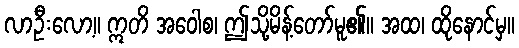
လာဦးလော့။ ဣတိ အဝေါစ၊ ဤသို့မိန့်တော်မူ၏။ အထ၊ ထိုနောင်မှ။